Report on horse surra - Volume I
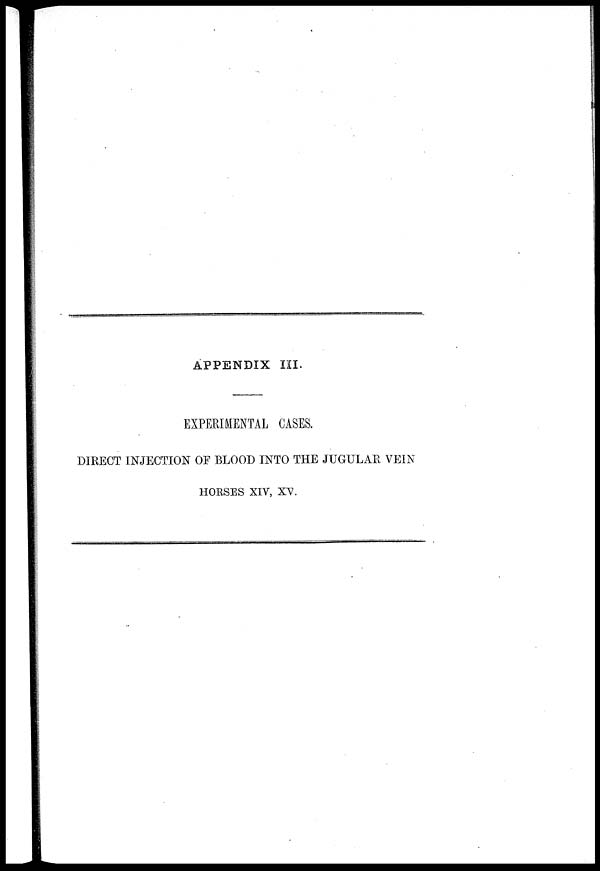
APPENDIX III.
EXPERIMENTAL CASES.
DIRECT INJECTION OF BLOOD INTO THE JUGULAB VEIN
HORSES XIV, XV.